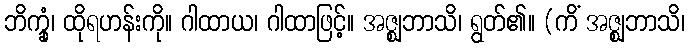
ဘိက္ခုံ၊ ထိုရဟန်းကို။ ဂါထာယ၊ ဂါထာဖြင့်။ အဇ္ဈဘာသိ၊ ရွတ်၏။ (ကိံ အဇ္ဈဘာသိ၊